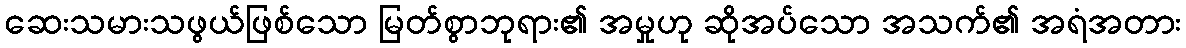
ဆေးသမားသဖွယ်ဖြစ်သော မြတ်စွာဘုရား၏ အမှုဟု ဆိုအပ်သော အသက်၏ အရံအတား